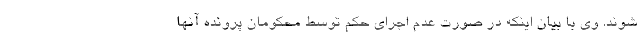
شوند. وی با بیان اینکه در صورت عدم اجرای حکم توسط محکومان پرونده آنها